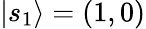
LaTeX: |s_{1}\rangle=(1,0)